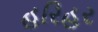
હરિહર